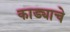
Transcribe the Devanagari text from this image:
काड्याचे